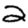
Digit: 2